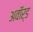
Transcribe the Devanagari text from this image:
अवाॅर्ड